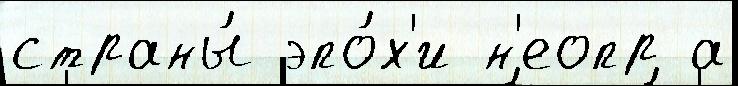
страны́ эпо́х'и н'еопр а